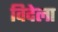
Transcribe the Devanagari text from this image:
विदेला